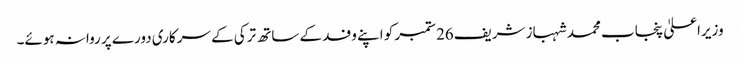
وزیراعلیٰ پنجاب محمد شہباز شریف26ستمبر کو اپنے وفد کے ساتھ ترکی کے سرکاری دورے پر روانہ ہوئے۔